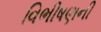
વિભીષણની